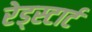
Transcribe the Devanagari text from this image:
रेड्स्टार्ट